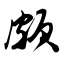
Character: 颇